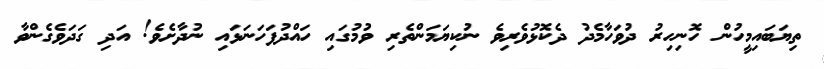
ތިޔަބައިމީހުން ހޮނިހިރު ދުވަހާމެދު ދެކޮޅުވެރިވެ ނުކިޔަމަންތެރި ވުމުގައި ހައްދުފަހަނަޅައި ނުދާށެވެ! އަދި ގަދަވެގެންވާ